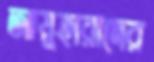
আয়ুহারাদের